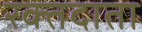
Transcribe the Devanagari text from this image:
रक्‍तदाता